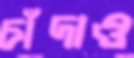
চাঁদাও